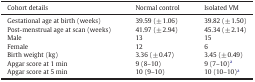
<table><thead><tr><td><b>Cohort details</b></td><td><b>Normal control</b></td><td><b>Isolated VM</b></td></tr></thead><tbody><tr><td>Gestational age at birth (weeks)</td><td>39.59 (± 1.06)</td><td>39.82 (± 1.50)</td></tr><tr><td>Post-menstrual age at scan (weeks)</td><td>41.97 (± 2.94)</td><td>45.34 (± 2.14)</td></tr><tr><td>Male</td><td>13</td><td>15</td></tr><tr><td>Female</td><td>12</td><td>6</td></tr><tr><td>Birth weight (kg)</td><td>3.36 (± 0.47)</td><td>3.45 (± 0.49)</td></tr><tr><td>Apgar score at 1 min</td><td>9 (8–10)</td><td>9 (7–10)a</td></tr><tr><td>Apgar score at 5 min</td><td>10 (9–10)</td><td>10 (10–10)a</td></tr></tbody></table>